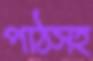
পাঠসহ